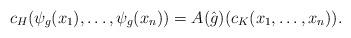
LaTeX: \begin{align*}& c_H (\psi_g(x_1), \ldots, \psi_g(x_n))= A(\hat{g})(c_K (x_1, \ldots , x_n)).\end{align*}